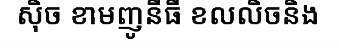
ស៊ិច ខាមញូនីធី ខលលិចនិង